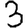
Digit: 3